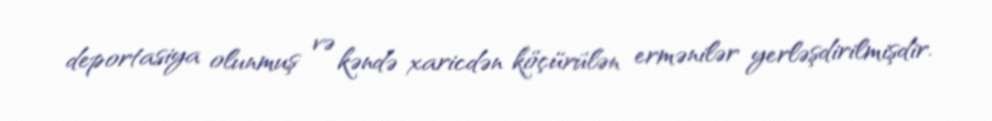
deportasiya olunmuş və kəndə xaricdən köçürülən ermənilər yerləşdirilmişdir.